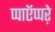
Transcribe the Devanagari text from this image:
प्पाऍप्पऱे